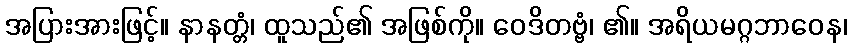
အပြားအားဖြင့်။ နာနတ္တံ၊ ထူသည်၏ အဖြစ်ကို။ ဝေဒိတဗ္ဗံ၊ ၏။ အရိယမဂ္ဂဘာဝေန၊